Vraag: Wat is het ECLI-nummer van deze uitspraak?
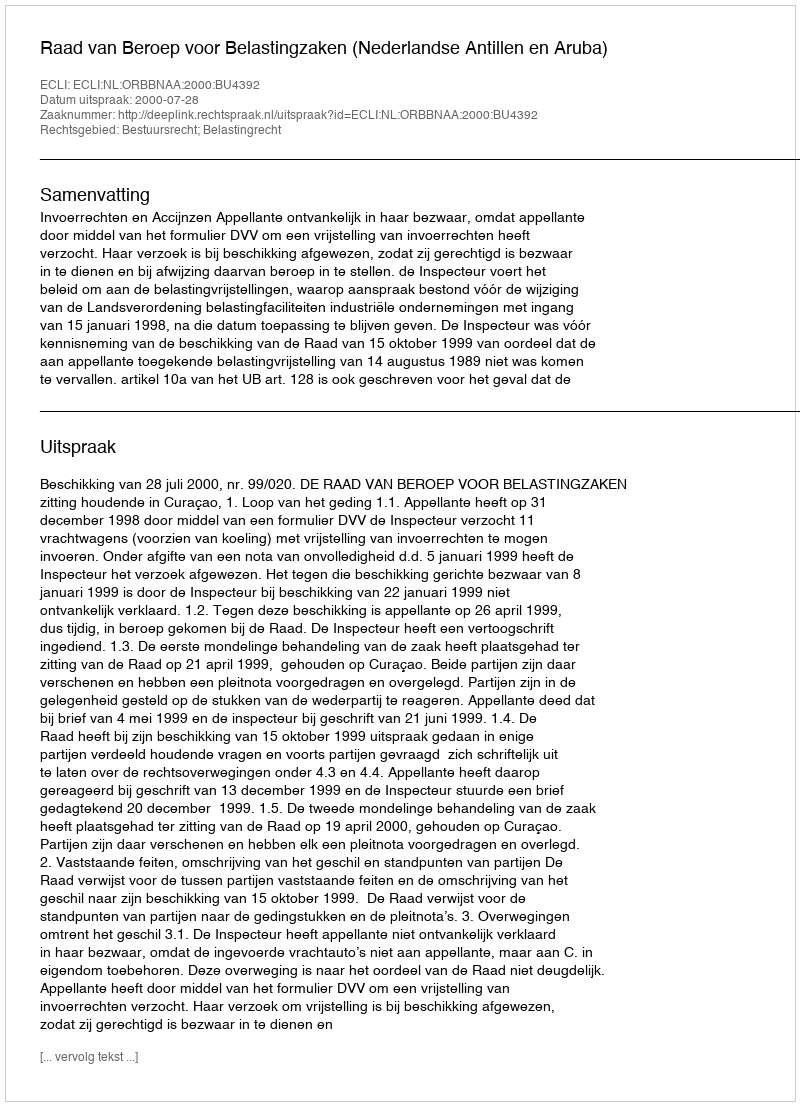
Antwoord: ECLI:NL:ORBBNAA:2000:BU4392